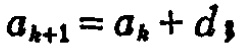
\(a_{k + 1} = a_{k} + d_{3}\)